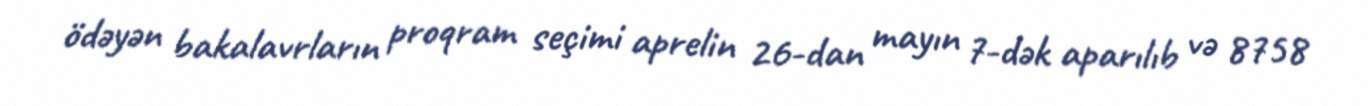
ödəyən bakalavrların proqram seçimi aprelin 26-dan mayın 7-dək aparılıb və 8758